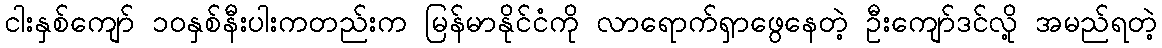
ငါးနှစ်ကျော် ၁၀နှစ်နီးပါးကတည်းက မြန်မာနိုင်ငံကို လာရောက်ရှာဖွေနေတဲ့ ဦးကျော်ဒင်လို့ အမည်ရတဲ့